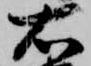
右